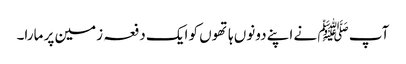
آپ ﷺ نے اپنے دونوں ہاتھوں کو ایک دفعہ زمین پر مارا۔